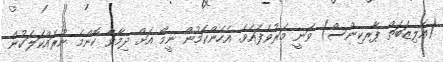
(އެލިޒަބަތް ޕާރކިންސް) ވަނީ މަރުވެފައެވެ. އެހެންކަމުން ނީމޯ އަށް ދިމާވާ ކޮންމެ ނުރައްކަލަކުން